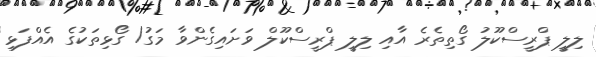
ލިލީ ޕްރީސްކޫލު ގޯތިތެރެ އާއި ލިލީ ޕްރީސްކޫލް ވަށައިގެންވާ މަގު/ ގޯޅިތަކުގެ އެއްފަޅި